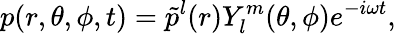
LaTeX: p(r,\theta,\phi,t)=\tilde{p}^{l}(r)Y_{l}^{m}(\theta,\phi)e^{-i\omega t},